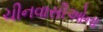
ચીનવાસીઓના